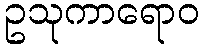
ဥသုကာရောဝ